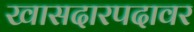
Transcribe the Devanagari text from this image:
खासदारपदावर